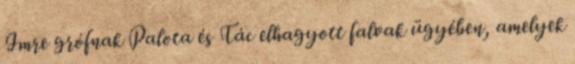
Imre grófnak Palota és Tác elhagyott falvak ügyében, amelyek